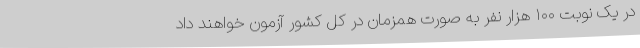
در یک نوبت ۱۰۰ هزار نفر به صورت همزمان در کل کشور آزمون خواهند داد